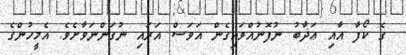
ގެ ކޯފާ އާއި ޢަޛާބު ނުފޮނުއްވައިގެން އަވަސް އަރައި ނުގަންނަވާށެވެ. އެމީހުންގެ